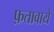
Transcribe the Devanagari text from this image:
फ़तावाये